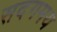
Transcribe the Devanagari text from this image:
सदगमय